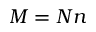
M = N n